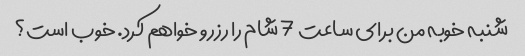
شنبه خوبه من برای ساعت 7 شام را رزرو خواهم کرد. خوب است؟